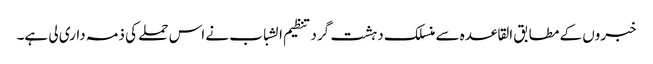
خبروں کے مطابق القاعدہ سے منسلک دہشت گرد تنظیم الشباب نے اس حملے کی ذمہ داری لی ہے۔